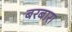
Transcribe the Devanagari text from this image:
बरबारा